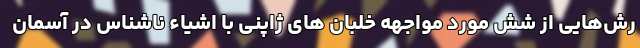
رش‌هایی از شش مورد مواجهه خلبان های ژاپنی با اشیاء ناشناس در آسمان